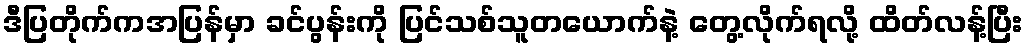
ဒီပြတိုက်ကအပြန်မှာ ခင်ပွန်းကို ပြင်သစ်သူတယောက်နဲ့ တွေ့လိုက်ရလို့ ထိတ်လန့်ပြီး